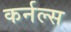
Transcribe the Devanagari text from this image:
कर्नल्स